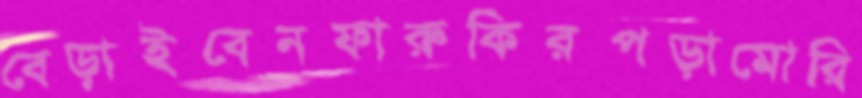
বেড়াইবেনফারুকিরপড়ামোরি